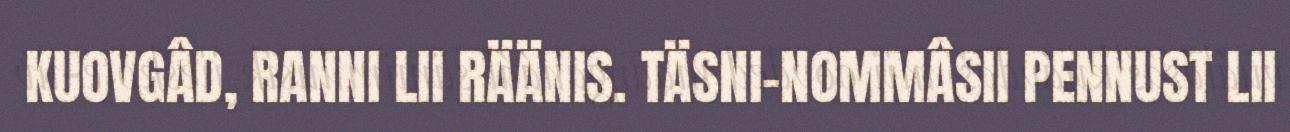
KUOVGÂD, RANNI LII RÄÄNIS. TÄSNI-NOMMÂSII PENNUST LII